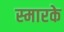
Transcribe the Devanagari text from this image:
स्‍मारके